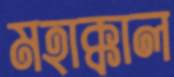
মহাক্কাল